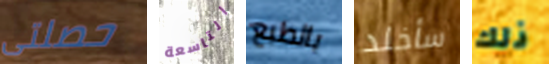
حصلتى التاسعة بالطبع سأخلد ذلك